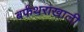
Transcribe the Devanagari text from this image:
बर्फथराखाली